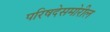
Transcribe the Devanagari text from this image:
परिषदेसमोरील